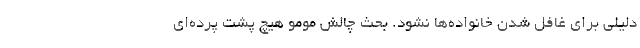
دلیلی برای غافل شدن خانواده‌ها نشود. بحث چالش مومو هیچ پشت پرده‌ای